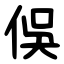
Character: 俁